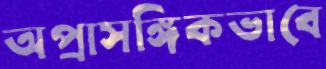
অপ্রাসঙ্গিকভাবে